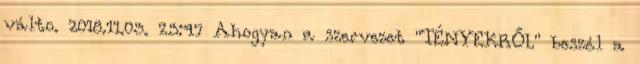
válto. 2018.11.03. 23:47 Ahogyan a szervezet "TÉNYEKRŐL" beszél a